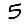
Digit: 5